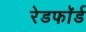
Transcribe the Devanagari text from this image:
रेडफाॅर्ड